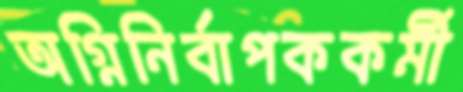
অগ্নিনির্বাপককর্মী